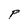
Character: P